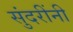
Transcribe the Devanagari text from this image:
सुंदरींनी